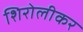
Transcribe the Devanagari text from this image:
शिरोलीकर